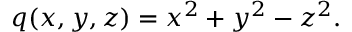
q ( x , y , z ) = x ^ { 2 } + y ^ { 2 } - z ^ { 2 } .